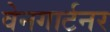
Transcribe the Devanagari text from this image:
वेनगार्टनर